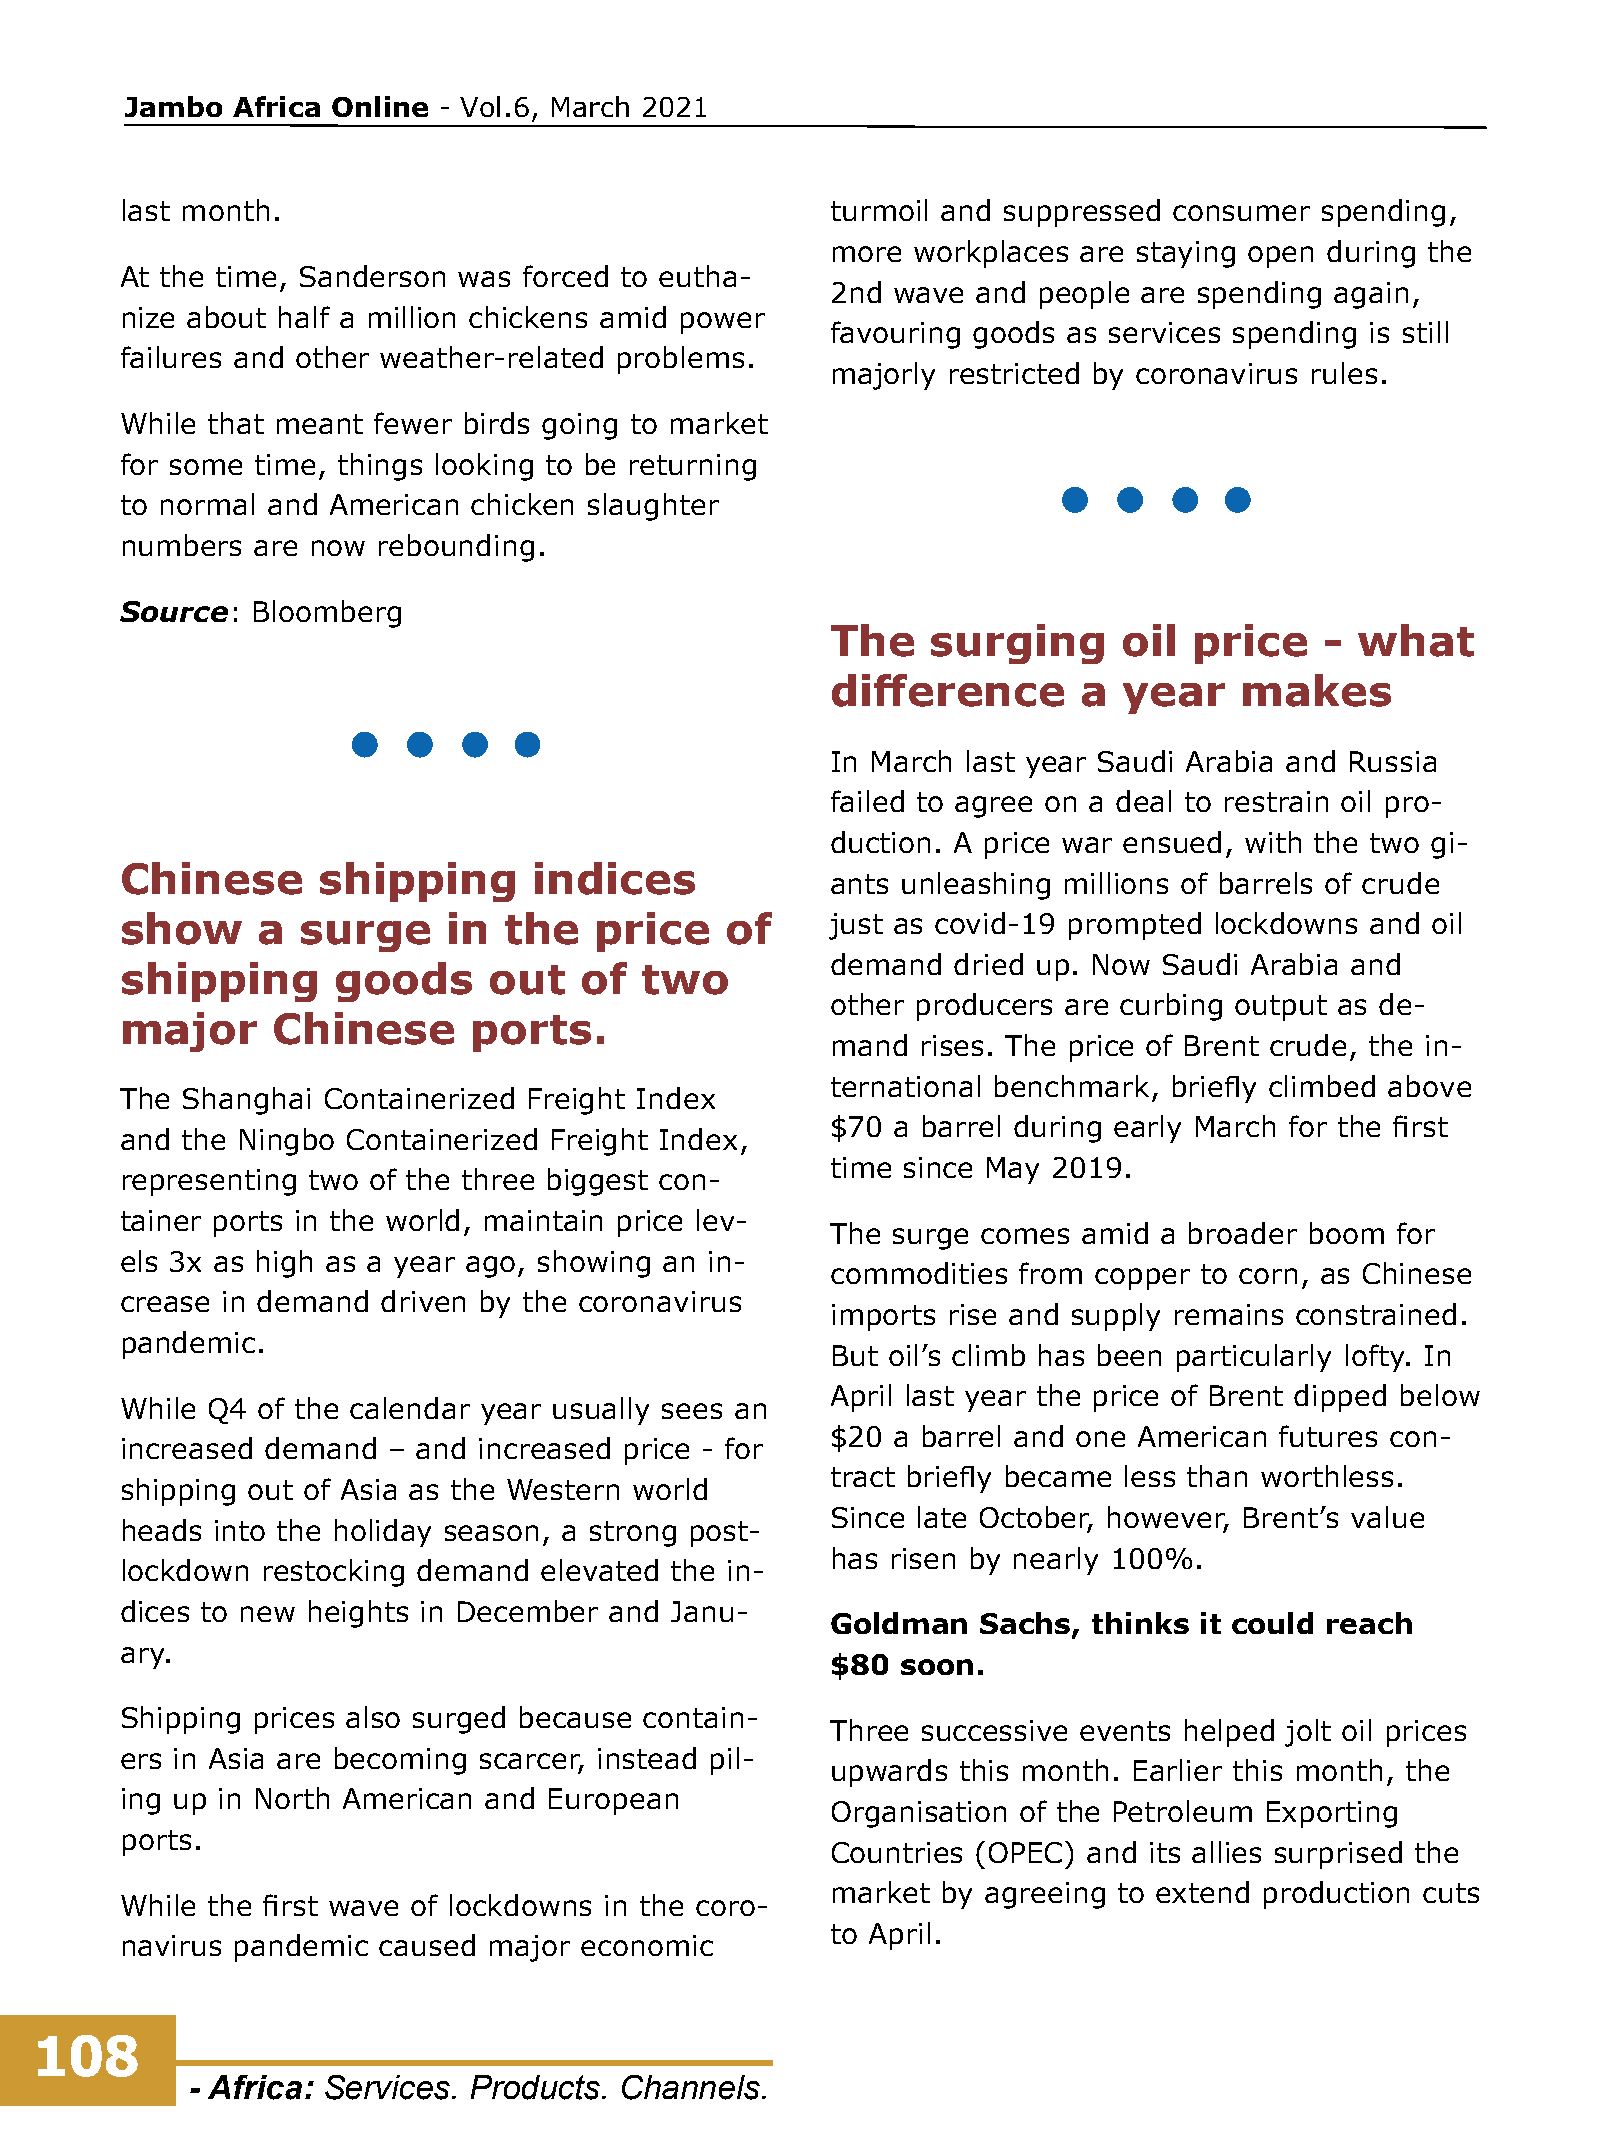
Jambo  Africa Online - Vol.6, March 2021
 last month.                                    turmoil and suppressed consumer spending,
 more workplaces  are staying open during the
 At the time, Sanderson was forced to eutha-
 2nd wave  and people are spending again,
 nize about half a million chickens amid power
 favouring goods as services spending is still
 failures and other weather-related problems.
 majorly restricted by coronavirus rules.
 While that meant fewer birds going to market
 for some time, things looking to be returning
 to normal and American chicken slaughter
 numbers  are now rebounding.
 Source:  Bloomberg
 The    surging     oil  price    - what
 difference       a year    makes
 In March last year Saudi Arabia and Russia
 failed to agree on a deal to restrain oil pro-
 duction. A price war ensued, with the two gi-
 Chinese      shipping      indices
 ants unleashing millions of barrels of crude
 show     a  surge     in the   price    of     just as covid-19 prompted lockdowns and oil
 demand  dried up. Now Saudi Arabia and
 shipping      goods     out   of  two
 other producers are curbing output as de-
 major     Chinese      ports.
 mand  rises. The price of Brent crude, the in-
 ternational benchmark, briefly climbed above
 The Shanghai Containerized Freight Index
 $70 a barrel during early March for the first
 and the Ningbo Containerized Freight Index,
 time since May 2019.
 representing two of the three biggest con-
 tainer ports in the world, maintain price lev-
 The surge comes  amid a broader boom for
 els 3x as high as a year ago, showing an in-
 commodities from  copper to corn, as Chinese
 crease in demand driven by the coronavirus
 imports rise and supply remains constrained.
 pandemic.
 But oil’s climb has been particularly lofty. In
 April last year the price of Brent dipped below
 While Q4 of the calendar year usually sees an
 $20 a barrel and one American futures con-
 increased demand  – and increased price - for
 tract briefly became less than worthless.
 shipping out of Asia as the Western world
 Since late October, however, Brent’s value
 heads into the holiday season, a strong post-
 has risen by nearly 100%.
 lockdown restocking demand  elevated the in-
 dices to new heights in December and Janu-
 Goldman   Sachs, thinks it could reach
 ary.
 $80  soon.
 Shipping prices also surged because contain-
 Three successive events helped jolt oil prices
 ers in Asia are becoming scarcer, instead pil-
 upwards  this month. Earlier this month, the
 ing up in North American and European
 Organisation of the Petroleum Exporting
 ports.
 Countries (OPEC) and its allies surprised the
 market by agreeing to extend production cuts
 While the first wave of lockdowns in the coro-
 to April.
 navirus pandemic caused major economic
 108
 - Africa: Services. Products. Channels.